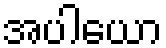
အပါယော